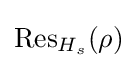
{\text{Res}}_{H_{s}}(\rho )